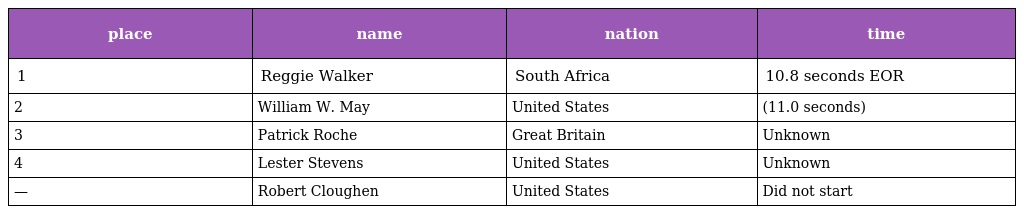
| place | name | nation | time |
 | --- | --- | --- | --- |
 | 1 | Reggie Walker | South Africa | 10.8 seconds EOR |
 | 2 | William W. May | United States | (11.0 seconds) |
 | 3 | Patrick Roche | Great Britain | Unknown |
 | 4 | Lester Stevens | United States | Unknown |
 | — | Robert Cloughen | United States | Did not start |